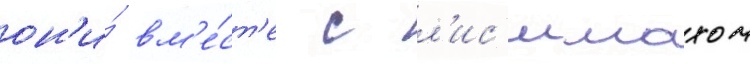
он'и́ вм'е́ст'е с л'ис'имахом